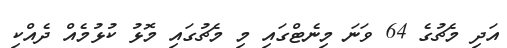
އަދި މެޗުގެ 64 ވަނަ މިނެޓްގައި މި މެޗުގައި މޮޅު ކުޅުމެއް ދެއްކި